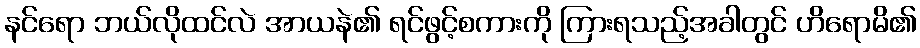
နင်ရော ဘယ်လိုထင်လဲ အာယနဲ၏ ရင်ဖွင့်စကားကို ကြားရသည့်အခါတွင် ဟိရောမိ၏